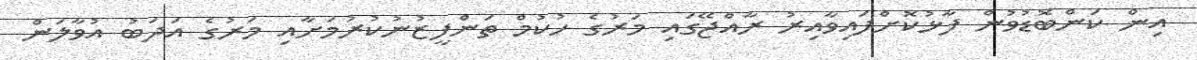
އިން ކަންބޮޑުވުން ފާޅުކޮށްފައިވާއިރު ރާއްޖޭގައި މަރުގެ ހުކުމް ތަންފީޒުނުކުރުމަށާއި މަރުގެ އަދަބު އުވާލަން